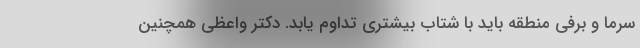
سرما و برفی منطقه باید با شتاب بیشتری تداوم یابد. دکتر واعظی همچنین